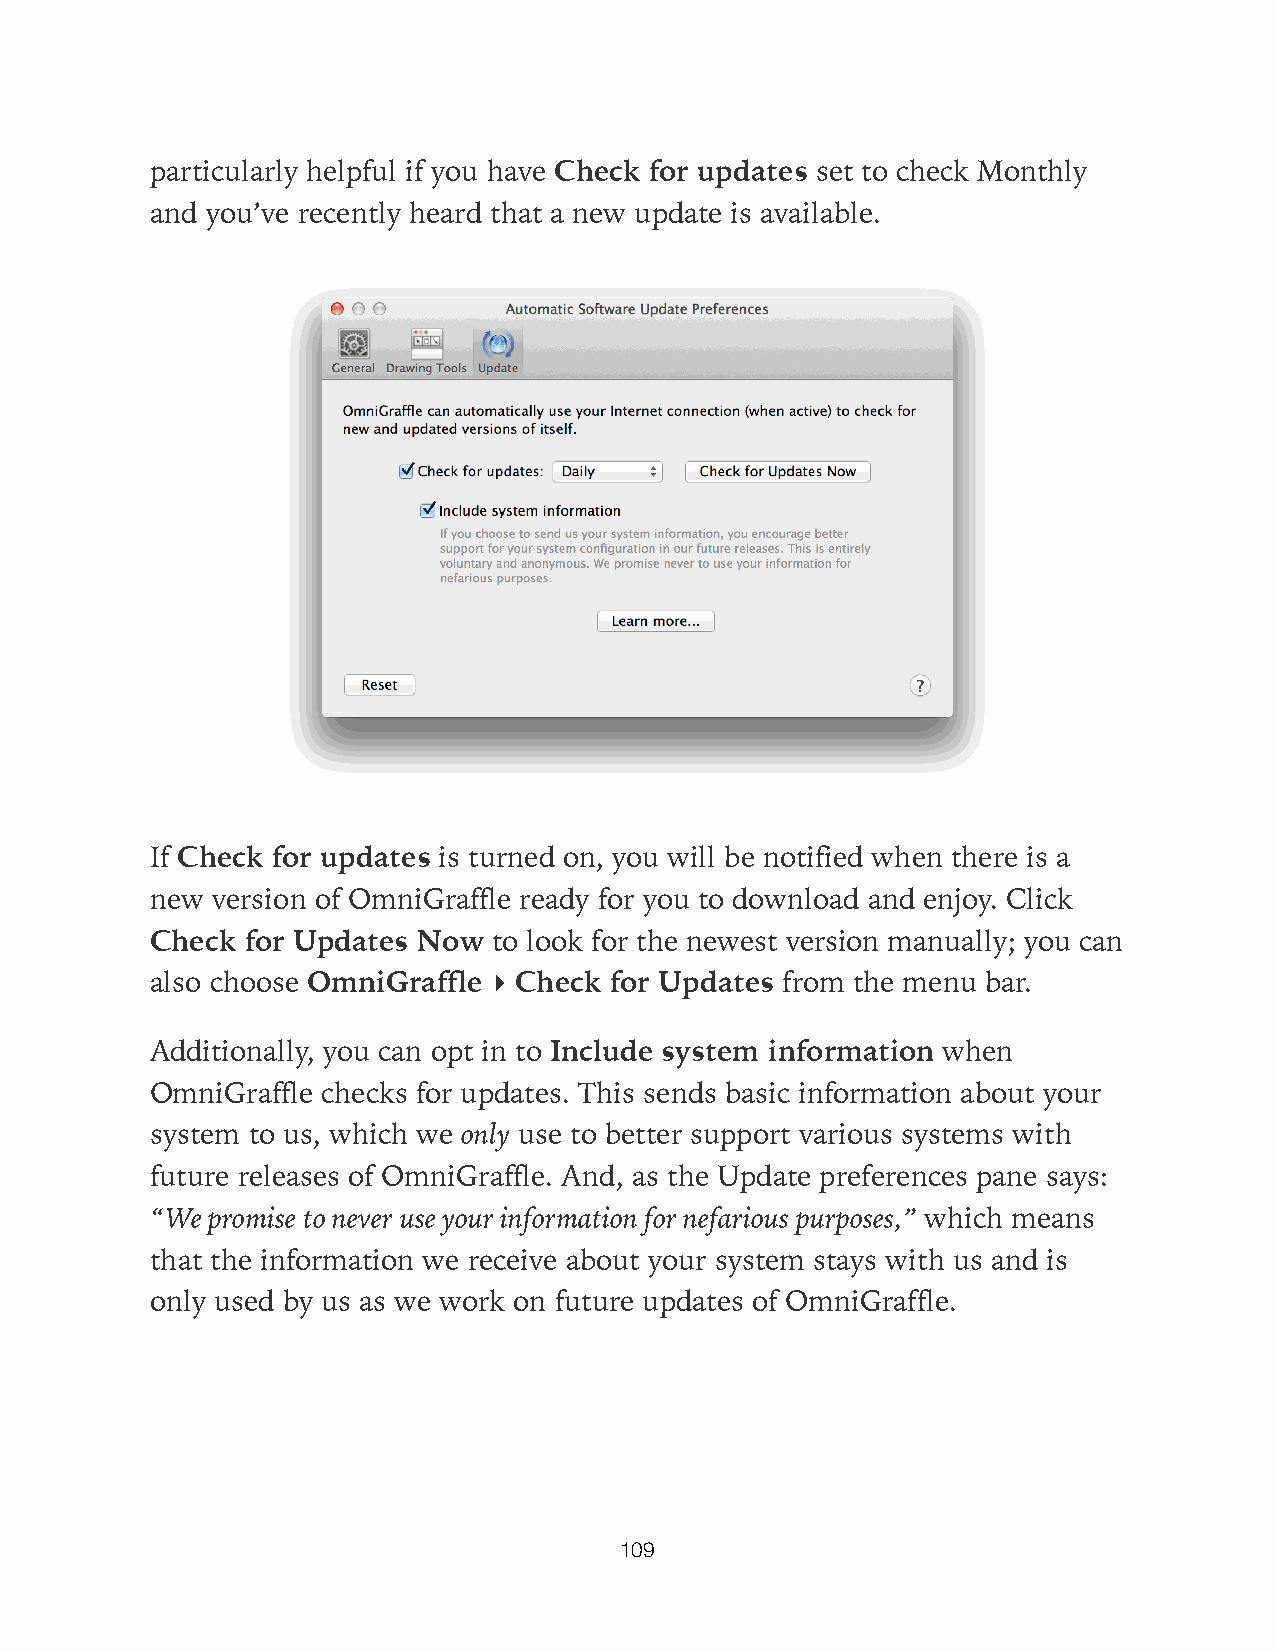
particularly helpful if you have Check for updates set to check Monthly
 and you’ve recently heard that a new update is available.
 If Check for updates is turned on, you will be notified when there is a
 new version of OmniGraffle ready for you to download and enjoy. Click
 Check for Updates Now  to look for the newest version manually; you can
 also choose OmniGraffle ▸ Check for Updates from the menu bar.
 Additionally, you can opt in to Include system information when
 OmniGraffle checks for updates. This sends basic information about your
 system to us, which we only use to better support various systems with
 future releases of OmniGraffle. And, as the Update preferences pane says:
 “We promise to never use your information for nefarious purposes,” which means
 that the information we receive about your system stays with us and is
 only used by us as we work on future updates of OmniGraffle.
 109